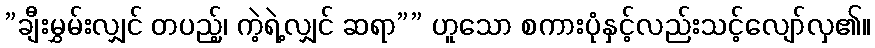
”ချီးမွှမ်းလျှင် တပည့်၊ ကဲ့ရဲ့လျှင် ဆရာ”” ဟူသော စကားပုံနှင့်လည်းသင့်လျော်လှ၏။